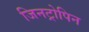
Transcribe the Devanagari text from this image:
जिनट्रोपिन